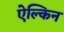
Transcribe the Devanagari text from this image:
ऐल्किन